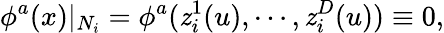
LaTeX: \phi^{a}(x)|_{N_{i}}=\phi^{a}(\mathit{z}_{i}^{1}(u),\cdots,\mathit{z}_{i}^{D}(u))\equiv0,